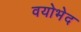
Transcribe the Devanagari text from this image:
वयोभेद